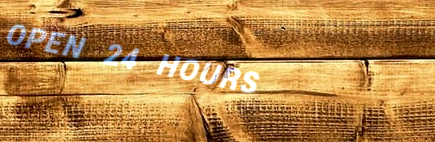
OPEN 24 HOURS